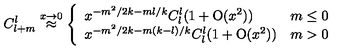
C _ { l + m } ^ { l } \stackrel { x \rightarrow 0 } { \approx } \left\{ \begin{array} { l c } { x ^ { - m ^ { 2 } / 2 k - m l / k } C _ { l } ^ { l } ( 1 + \mathrm { O } ( x ^ { 2 } ) ) } & { m \leq 0 } \\ { x ^ { - m ^ { 2 } / 2 k - m ( k - l ) / k } C _ { l } ^ { l } ( 1 + \mathrm { O } ( x ^ { 2 } ) ) } & { m > 0 } \\ \end{array} \right.